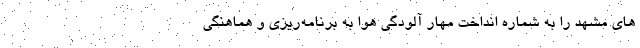
های مشهد را به شماره انداخت مهار آلودگی هوا به برنامه‌ریزی و هماهنگی